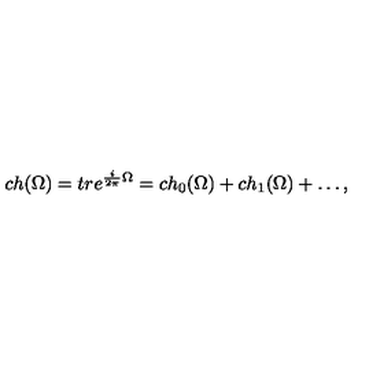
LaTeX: c h ( \Omega ) = t r e ^ { \frac { i } { 2 \pi } \Omega } = c h _ { 0 } ( \Omega ) + c h _ { 1 } ( \Omega ) + \ldots ,